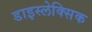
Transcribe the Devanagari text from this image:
डाइस्लेक्सिक